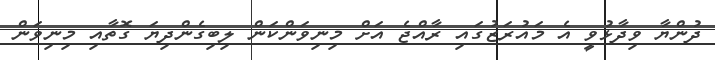
ދުންޔާ ވިދާޅުވީ އެ މައުރަޒުގައި ރާއްޖެ އަށް މިނިވަންކަން ލިބިގެންދިޔަ ގޮތާއި މިނިވަން